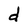
Character: d